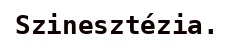
Szinesztézia.